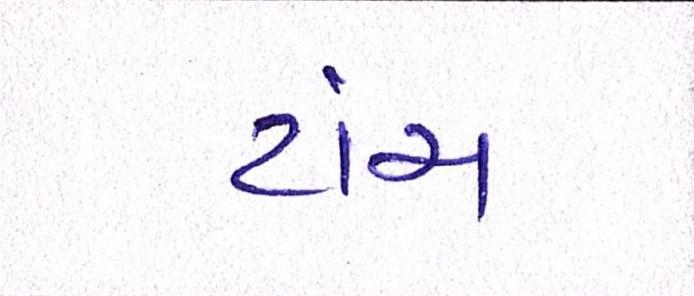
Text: ટાંચ